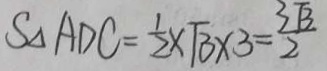
S _ { \Delta } A D C = \frac { 1 } { 2 } \times \sqrt { 3 } \times 3 = \frac { 3 \sqrt { 3 } } { 2 }